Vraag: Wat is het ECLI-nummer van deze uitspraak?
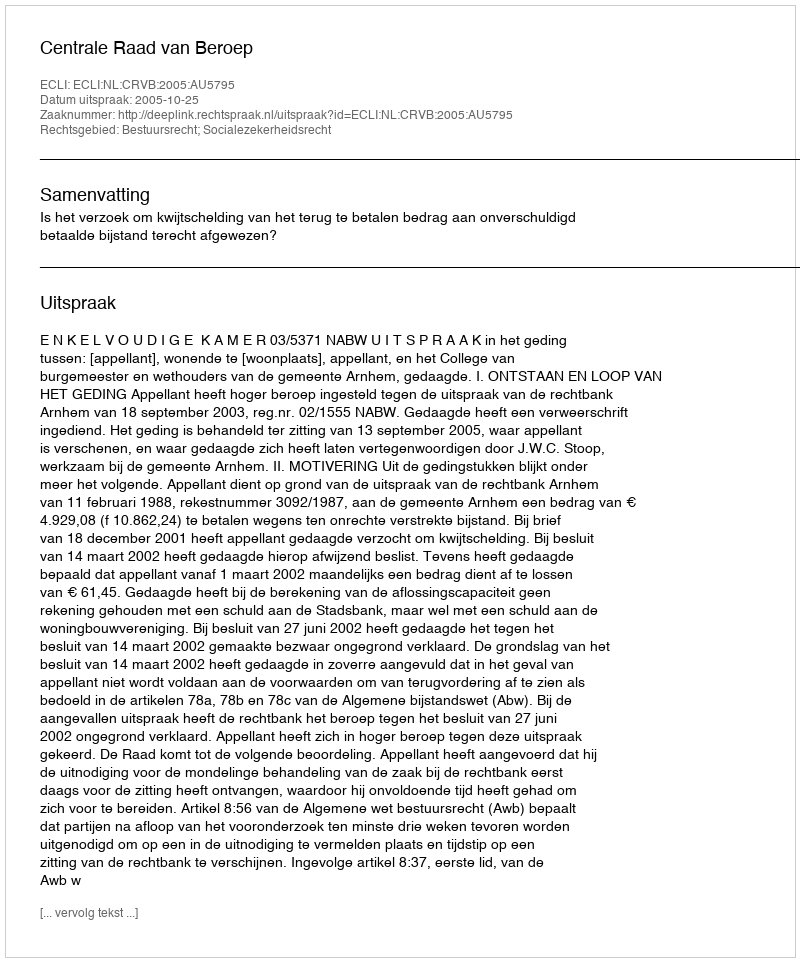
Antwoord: ECLI:NL:CRVB:2005:AU5795